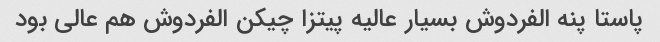
پاستا پنه الفردوش بسیار عالیه پیتزا چیکن الفردوش هم عالی بود